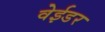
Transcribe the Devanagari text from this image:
वेईडर